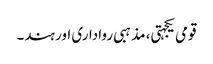
قومی یکجہتی، مذہبی رواداری اور ہند۔